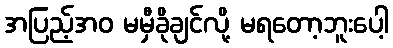
အပြည့်အဝ မမှီခိုချင်လို့ မရတော့ဘူးပေါ့